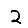
Digit: 2